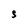
Character: S